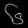
Digit: ၆